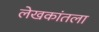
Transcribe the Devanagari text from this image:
लेखकांतला